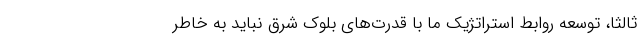
ثالثا، توسعه روابط استراتژیک ما با قدرت‌های بلوک شرق نباید به خاطر